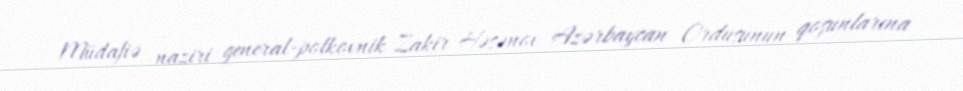
Müdafiə naziri general-polkovnik Zakir Həsənov Azərbaycan Ordusunun qoşunlarına